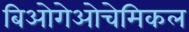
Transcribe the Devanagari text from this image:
बिओगेओचेमिकल